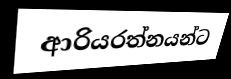
ආරියරත්නයන්ට